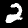
Digit: 2